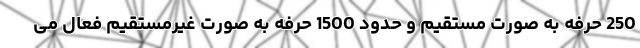
250 حرفه به صورت مستقیم و حدود 1500 حرفه به صورت غیرمستقیم فعال می